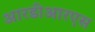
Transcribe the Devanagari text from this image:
आरडीआरएस